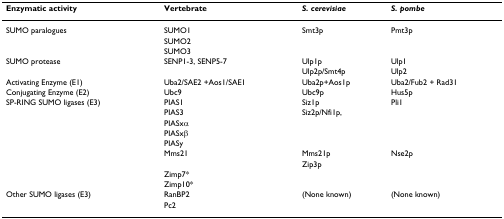
<table><thead><tr><td><b>Enzymatic activity</b></td><td><b>Vertebrate</b></td><td><b><i>S. cerevisiae</i></b></td><td><b><i>S. pombe</i></b></td></tr></thead><tbody><tr><td>SUMO paralogues</td><td>SUMO1</td><td>Smt3p</td><td>Pmt3p</td></tr><tr><td></td><td>SUMO2</td><td></td><td></td></tr><tr><td></td><td>SUMO3</td><td></td><td></td></tr><tr><td>SUMO protease</td><td>SENP1-3, SENP5-7</td><td>Ulp1p</td><td>Ulp1</td></tr><tr><td></td><td></td><td>Ulp2p/Smt4p</td><td>Ulp2</td></tr><tr><td>Activating Enzyme (E1)</td><td>Uba2/SAE2 +Aos1/SAE1</td><td>Uba2p+Aos1p</td><td>Uba2/Fub2 + Rad31</td></tr><tr><td>Conjugating Enzyme (E2)</td><td>Ubc9</td><td>Ubc9p</td><td>Hus5p</td></tr><tr><td>SP-RING SUMO ligases (E3)</td><td>PIAS1</td><td>Siz1p</td><td>Pli1</td></tr><tr><td></td><td>PIAS3</td><td>Siz2p/Nfi1p,</td><td></td></tr><tr><td></td><td>PIASxα</td><td></td><td></td></tr><tr><td></td><td>PIASxβ</td><td></td><td></td></tr><tr><td></td><td>PIASy</td><td></td><td></td></tr><tr><td></td><td>Mms21</td><td>Mms21p</td><td>Nse2p</td></tr><tr><td></td><td></td><td>Zip3p</td><td></td></tr><tr><td></td><td>Zimp7*</td><td></td><td></td></tr><tr><td></td><td>Zimp10*</td><td></td><td></td></tr><tr><td>Other SUMO ligases (E3)</td><td>RanBP2</td><td>(None known)</td><td>(None known)</td></tr><tr><td></td><td>Pc2</td><td></td><td></td></tr></tbody></table>